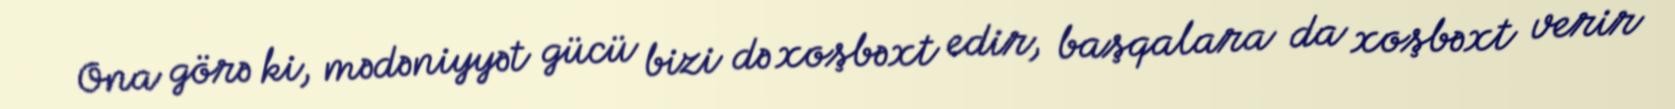
Ona görə ki, mədəniyyət gücü bizi də xoşbəxt edir, başqalara da xoşbəxt verir